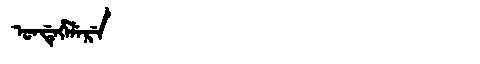
Manchu: ᡠᠨᡩᡝᡥᡝᠯᡝᡵᡝ
Romanization: UNDEHELERE